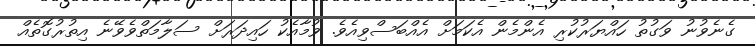
ގެނެވުނު ވަގުތު ހައްޔަރުކުރި އެންމެން އެކަމަށް އެއްބަސްވިއެވެ. ވުމާއެކު ހައިދަރަށް ސަލާމަތްވެވޭނެ އިތުރުގޮތެއް